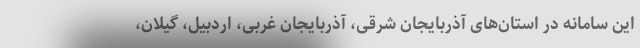
این سامانه در استان‌های آذربایجان شرقی، آذربایجان غربی، اردبیل، گیلان،